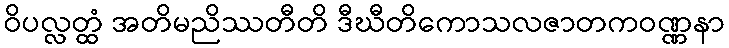
ဝိပလ္လတ္ထံ အတိမညိဿတီတိ ဒီဃီတိကောသလဇာတကဝဏ္ဏနာ